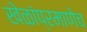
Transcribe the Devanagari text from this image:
खेळांप्रमाणेच